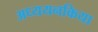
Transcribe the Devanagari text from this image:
अध्ययनकिया